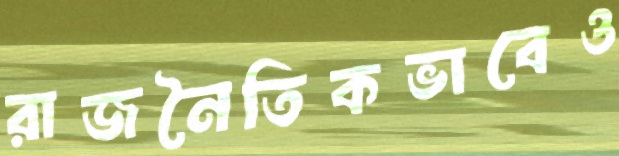
রাজনৈতিকভাবেও